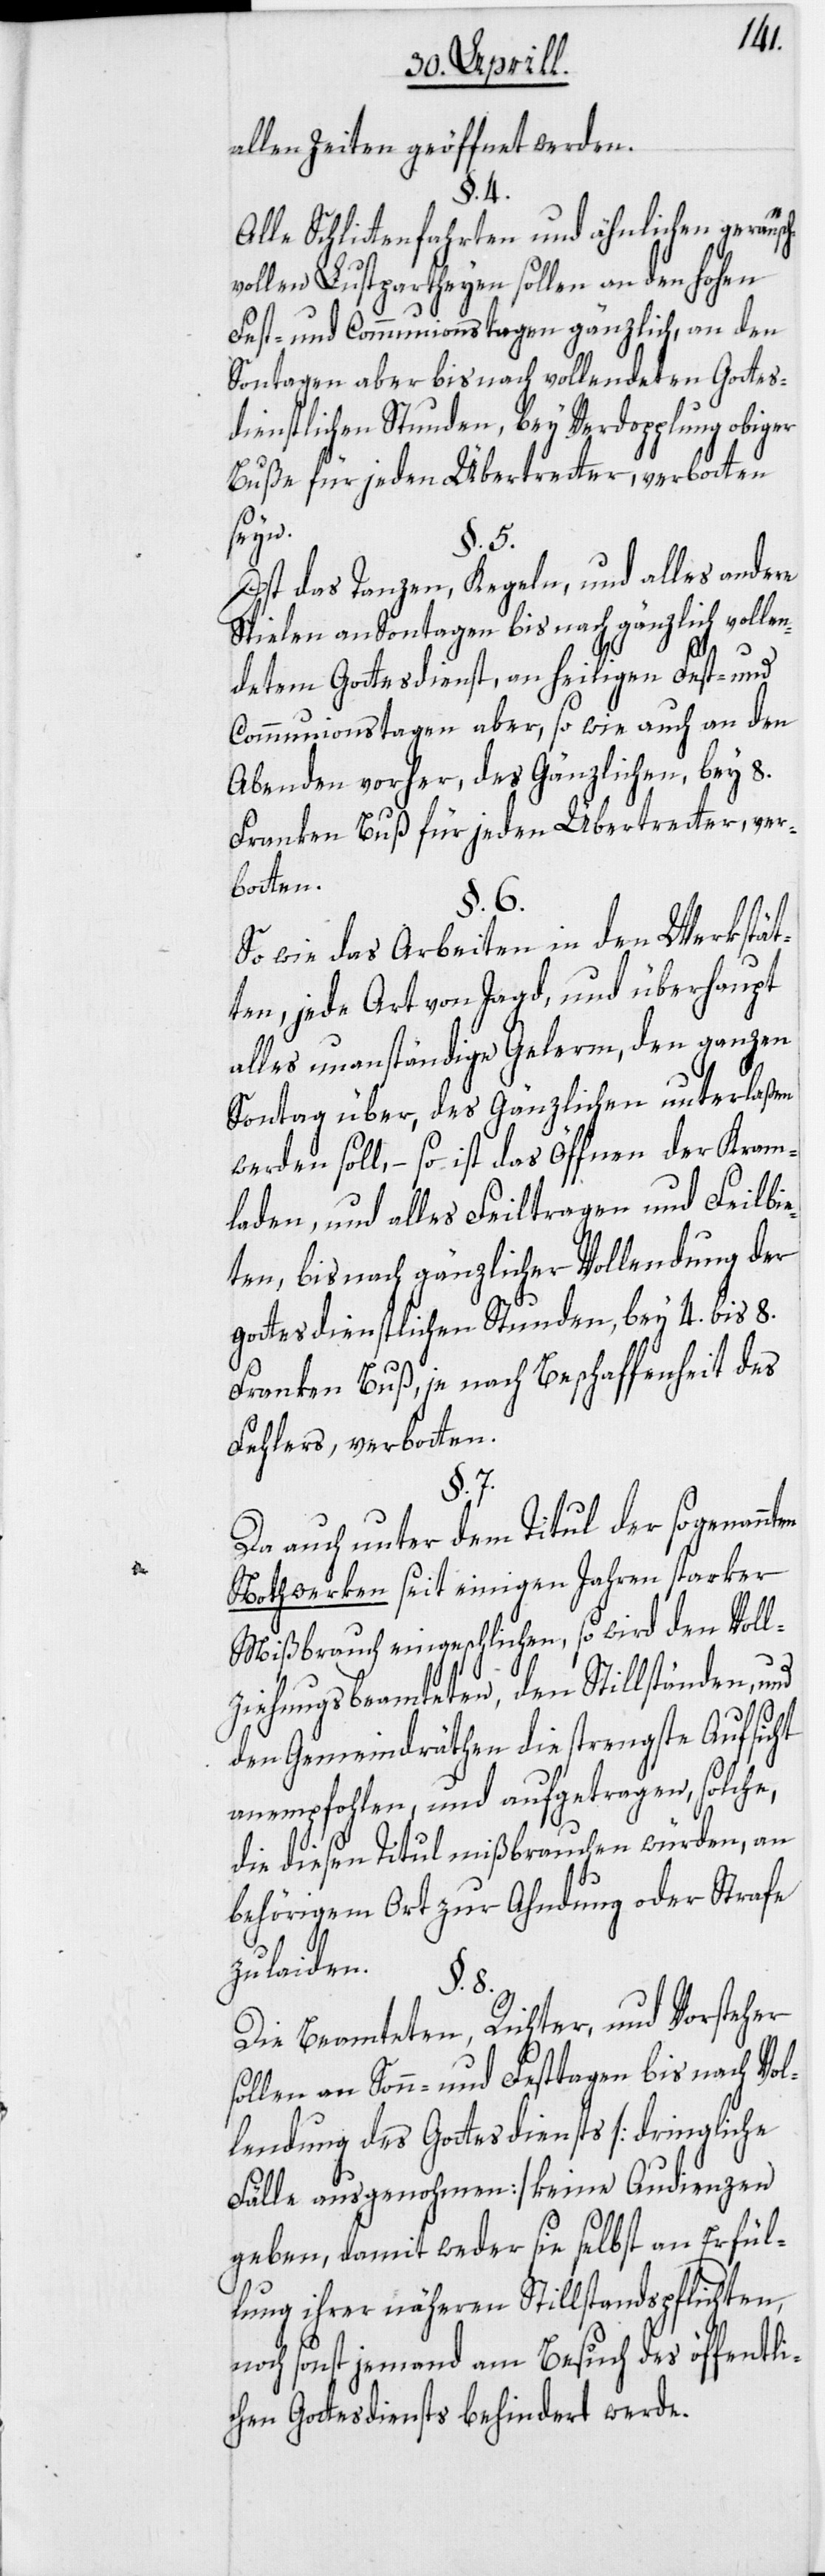
allen Zeiten geöffnet werden.
§. 4.
Alle Schlittenfahrten und ähnlichen geräusch¬
vollen Lustpartheyen sollen an den hohen
Fest- und Communionstagen gänzlich, an den
Sontagen aber bis nach vollendeten Gottes¬
dienstlichen Stunden, bey Verdopplung obiger
Buße für jeden Übertretter, verbotten
seyn.
§. 5.
Ist das Tanzen, Kegeln, und alles andere
Spielen an Sontagen bis nach gänzlich vollen¬
detem Gottesdienst, an heiligen Fest- und
Communionstagen aber, so wie auch an den
Abenden vorher, des Gänzlichen, bey 8.
Franken Buß für jeden Übertretter, ver¬
botten.
§. 6.
So wie das Arbeiten in den Werkstät¬
ten, jede Art von Jagd, und überhaupt
alles unanständige Gelerm, den ganzen
Sontag über, des Gänzlichen unterlaßen
werden soll, – so ist das Öffnen der Kram¬
laden, und alles Feiltragen und Feilbie¬
ten, bis nach gänzlicher Vollendung der
gottesdienstlichen Stunden, bey 4. bis 8.
Franken Buß, je nach Beschaffenheit des
Fehlers, verbotten.
§. 7.
Da auch unter dem Titul der sogenannten
Nothwerken seit einigen Jahren starker
Mißbrauch eingeschlichen, so wird den Voll¬
ziehungsbeamteten, den Stillständen, und
den Gemeindräthen die strengste Aufsicht
anempfohlen, und aufgetragen, solche,
die diesen Titul mißbrauchen würden, an
behörigem Ort zur Ahndung oder Strafe
zu laiden.
§. 8.
Die Beamteten, Richter, und Vorsteher
sollen an Sonn- und Festtagen bis nach Vol¬
lendung des Gottesdiensts [dringliche
Fälle ausgenohmen] keine Audienzen
geben, damit weder sie selbst an Erfül¬
lung ihrer näheren Stillstandspflichten,
noch sonst jemand am Besuch des öffentli¬
chen Gottesdiensts behindert werde.